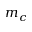
m _ { c }